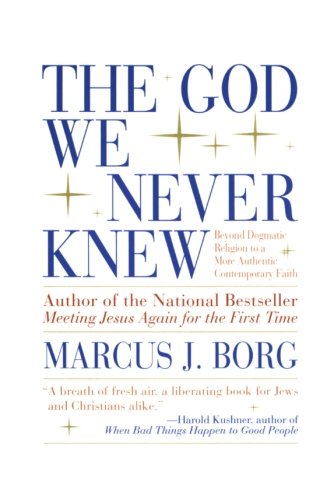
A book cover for The God We Never Knew: Beyond Dogmatic Religion to a More Authentic Contemporary Faith; Marcus J. Borg; Religion & Spirituality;